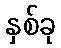
နှစ်ခု